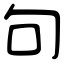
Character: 句